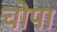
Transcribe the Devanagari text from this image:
चोपा